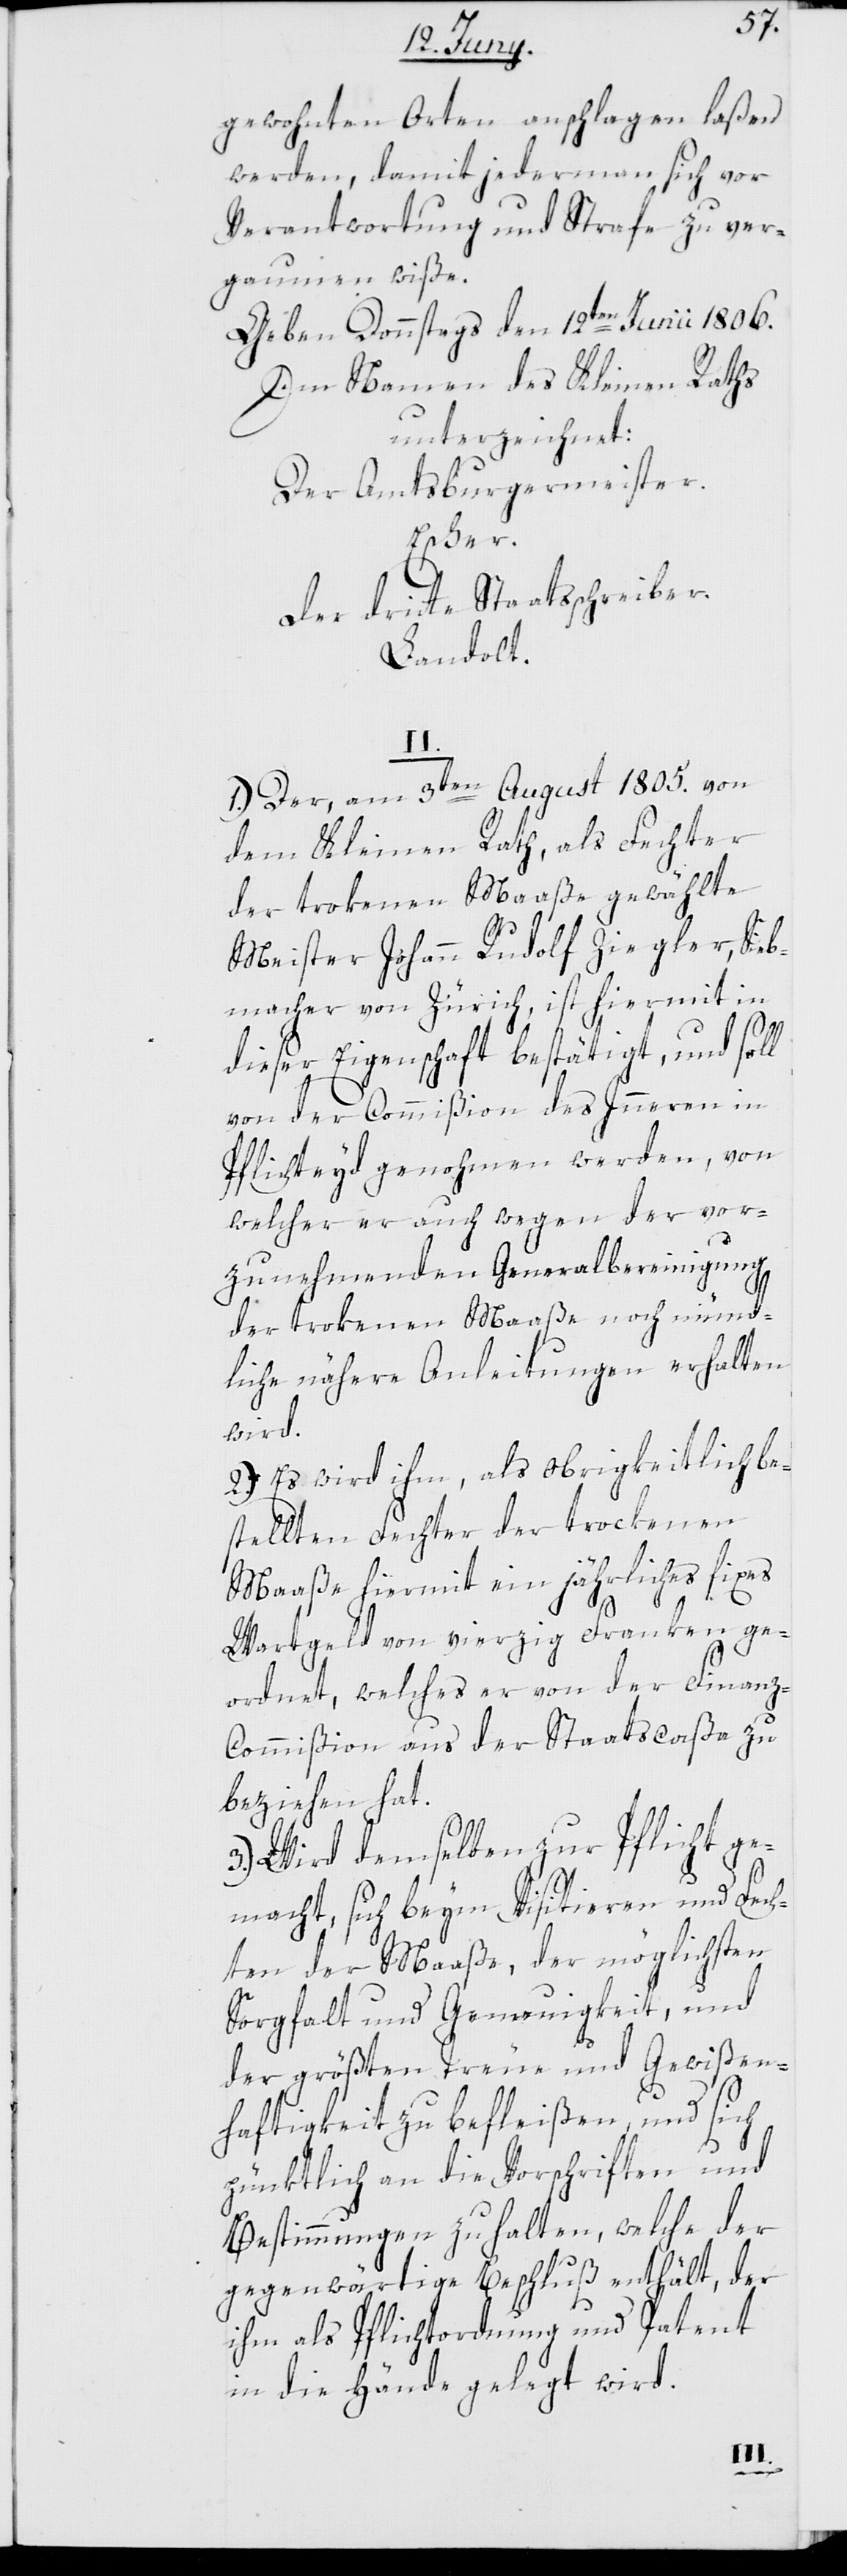
gewohnten Orten anschlagen laßen
werden, damit jedermann sich vor
Verantwortung und Strafe zu ver¬
gaumen wiße.
Geben Donnstags den 12ten Juni 1806.
Im Namen des Kleinen Raths
unterzeichnet:
Der Amtsburgermeister.
Escher.
Der dritte Staatsschreiber.
Landolt.
II.
1.) Der, am 3ten August 1805. von
dem Kleinen Rath, als Fechter
der trokenen Maaße gewählte
Meister Johann Rudolf Ziegler, Sieb¬
macher von Zürich, ist hiermit in
dieser Eigenschaft bestätigt, und soll
von der Commißion des Innern in
Pflichteyd genohmen werden, von
welcher er auch wegen der vor¬
zunehmenden Generalbereinigung
der trokenen Maaße noch münd¬
liche nähere Anleitungen erhalten
wird.
2.) Es wird ihm, als obrigkeitlich be¬
stellten Fechter der trockenen
Maaße hiermit ein jährliches fixes
Wartgeld von vierzig Franken ge¬
ordnet, welches er von der Finanz-C¬
ommißion aus der Staatscaßa zu
beziehen hat.
3.) Wird demselben zur Pflicht ge¬
macht, sich beym Visitieren und Fech¬
ten der Maaße, der möglichsten
Sorgfalt und Genauigkeit, und
der größten Treue und Gewißen¬
haftigkeit zu befleißen, und sich
pünktlich an die Vorschriften und
Bestimmungen zu halten, welche der
gegenwärtige Beschluß enthält, der
ihm als Pflichtordnung und Patent
in die Hände gelegt wird.